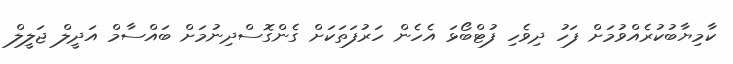
ކާމިޔާބުކުރެއްވުމަށް ފަހު ދިވެހި ފުޓްބޯޅަ އެހެން ހަރުފަތަކަށް ގެންގޮސްދިނުމަށް ބައްސާމް އަދީލް ޖަލީލް